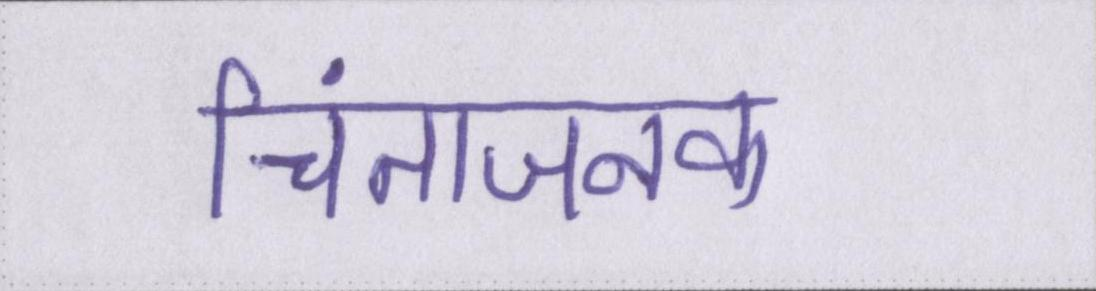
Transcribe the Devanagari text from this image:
चिंताजनक